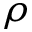
\rho